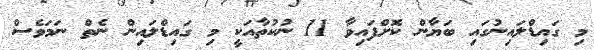
މި ގައިޑްލައިނުގައި ބަޔާން ކޮށްފައިވާ 11 ނުކުތާއަކީ މި ގައިޑްލައިން ނެތް ނަމަވެސް